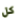
كل